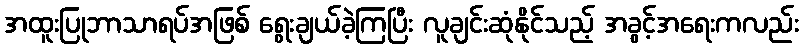
အထူးပြုဘာသာရပ်အဖြစ် ရွေးချယ်ခဲ့ကြပြီး လူချင်းဆုံနိုင်သည့် အခွင့်အရေးကလည်း